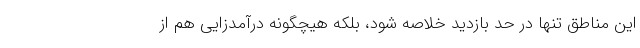
این مناطق تنها در حد بازدید خلاصه شود، بلکه هیچگونه درآمدزایی هم از